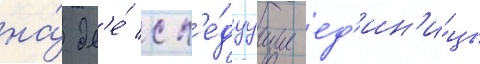
на́ дв'е́ сл'е́дуущие ед'ин'и́цы